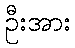
ဦးအား